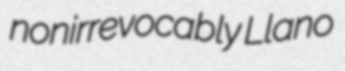
nonirrevocably Llano